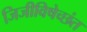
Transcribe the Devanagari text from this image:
जिजीविषेच्छंत